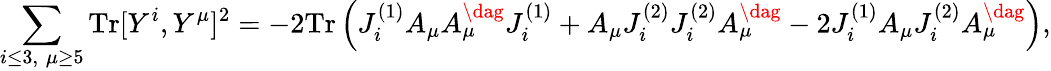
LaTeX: \sum_{i\leq 3,\; \mu\geq 5}\mathrm{Tr}[Y^{i},Y^{\mu}]^{2}=-2\mathrm{Tr}\left(J_{i}^{(1)}A_{\mu}A_{\mu}^{\dag}J_{i}^{(1)}+A_{\mu}J_{i}^{(2)}J_{i}^{(2)}A_{\mu}^{\dag}-2J_{i}^{(1)}A_{\mu}J_{i}^{(2)}A_{\mu}^{\dag}\right),